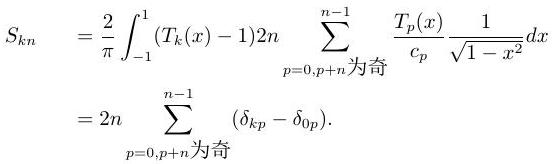
\begin{align*}
S_{kn} &= \frac{2}{\pi} \int_{-1}^{1} (T_k(x) - 1)2n \sum_{p = 0, p + n\text{为奇}}^{n - 1} \frac{T_p(x)}{c_p} \frac{1}{\sqrt{1 - x^2}} dx \\
&= 2n \sum_{p = 0, p + n\text{为奇}}^{n - 1} (\delta_{kp} - \delta_{0p}).
\end{align*}